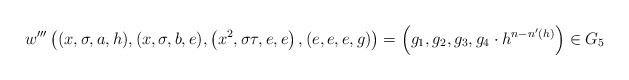
\begin{align*}w'''\left((x,\sigma ,a,h),(x,\sigma ,b,e),\left(x^2,\sigma \tau,e,e\right),(e,e,e,g)\right)=\left(g_1,g_2,g_3,g_4\cdot h^{n-n'(h)}\right)\in G_5 \end{align*}